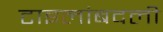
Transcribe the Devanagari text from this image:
टाइलांबदली